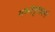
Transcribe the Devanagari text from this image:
मध्यवृत्तवर्ग